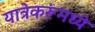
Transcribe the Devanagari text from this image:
यात्रेकरूंमध्ये